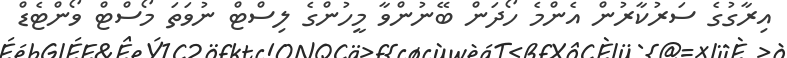
އިރާގުގެ ސަރުކާރުން އެންމެ ހޯދަން ބޭނުންވާ މީހުންގެ ލިސްޓް ނުވަތަ މޯސްޓް ވޯންޓެޑް